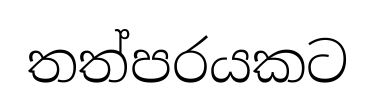
තත්පරයකට